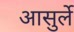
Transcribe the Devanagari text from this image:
आसुर्ले